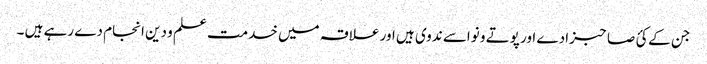
جن کے کئ صاحبزادے اور پوتے و نواسے ندوی ہیں اور علاقہ میں خدمت علم و دین انجام دے رہے ہیں ۔